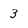
Character: 3